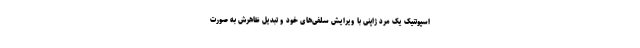
اسپوتنیک یک مرد ژاپنی با ویرایش سلفی‌های خود و تبدیل ظاهرش به صورت